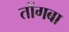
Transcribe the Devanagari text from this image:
तोंगबा